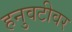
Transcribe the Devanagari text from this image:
हनुवटीवर